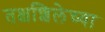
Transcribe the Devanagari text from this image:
तक्षशिलेच्या